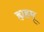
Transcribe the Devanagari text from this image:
ह्यहम्